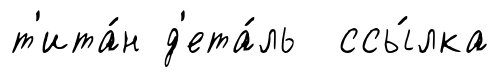
т'ита́н д'ета́ль ссы́лка